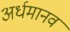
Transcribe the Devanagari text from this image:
अर्धमानव